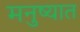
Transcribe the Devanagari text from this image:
मनुष्यात